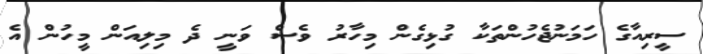
ސީރިއާގެ ހަމަނުޖެހުންތަކާ ގުޅިގެން މިހާރު ވެސް ވަނީ ދެ މިލިއަން މީހުން އެ